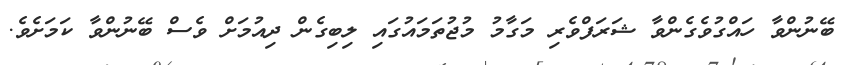
ބޭނުންވާ ހައްގުވެގެންވާ ޝަރަފްވެރި މަގާމު މުޖުތަމައުގައި ލިބިގެން ދިއުމަށް ވެސް ބޭނުންވާ ކަމަށެވެ.